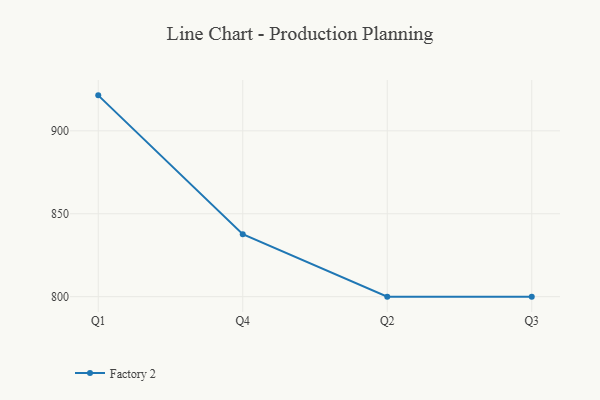
{"axis": {"x": "Quarter", "y": "Market Share (%)"}, "legend": ["Factory 2"], "data": [{"x": "Q1", "y": 921.4, "type": "Factory 2"}, {"x": "Q4", "y": 837.7, "type": "Factory 2"}, {"x": "Q2", "y": 800, "type": "Factory 2"}, {"x": "Q3", "y": 800, "type": "Factory 2"}]}